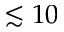
\lesssim 1 0